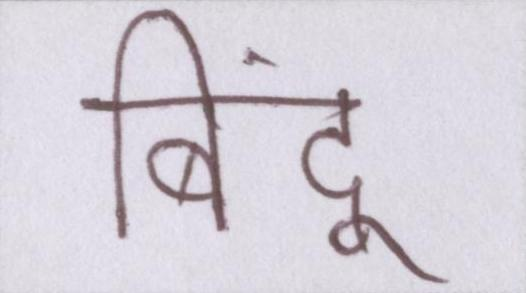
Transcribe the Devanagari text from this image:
बिंदू